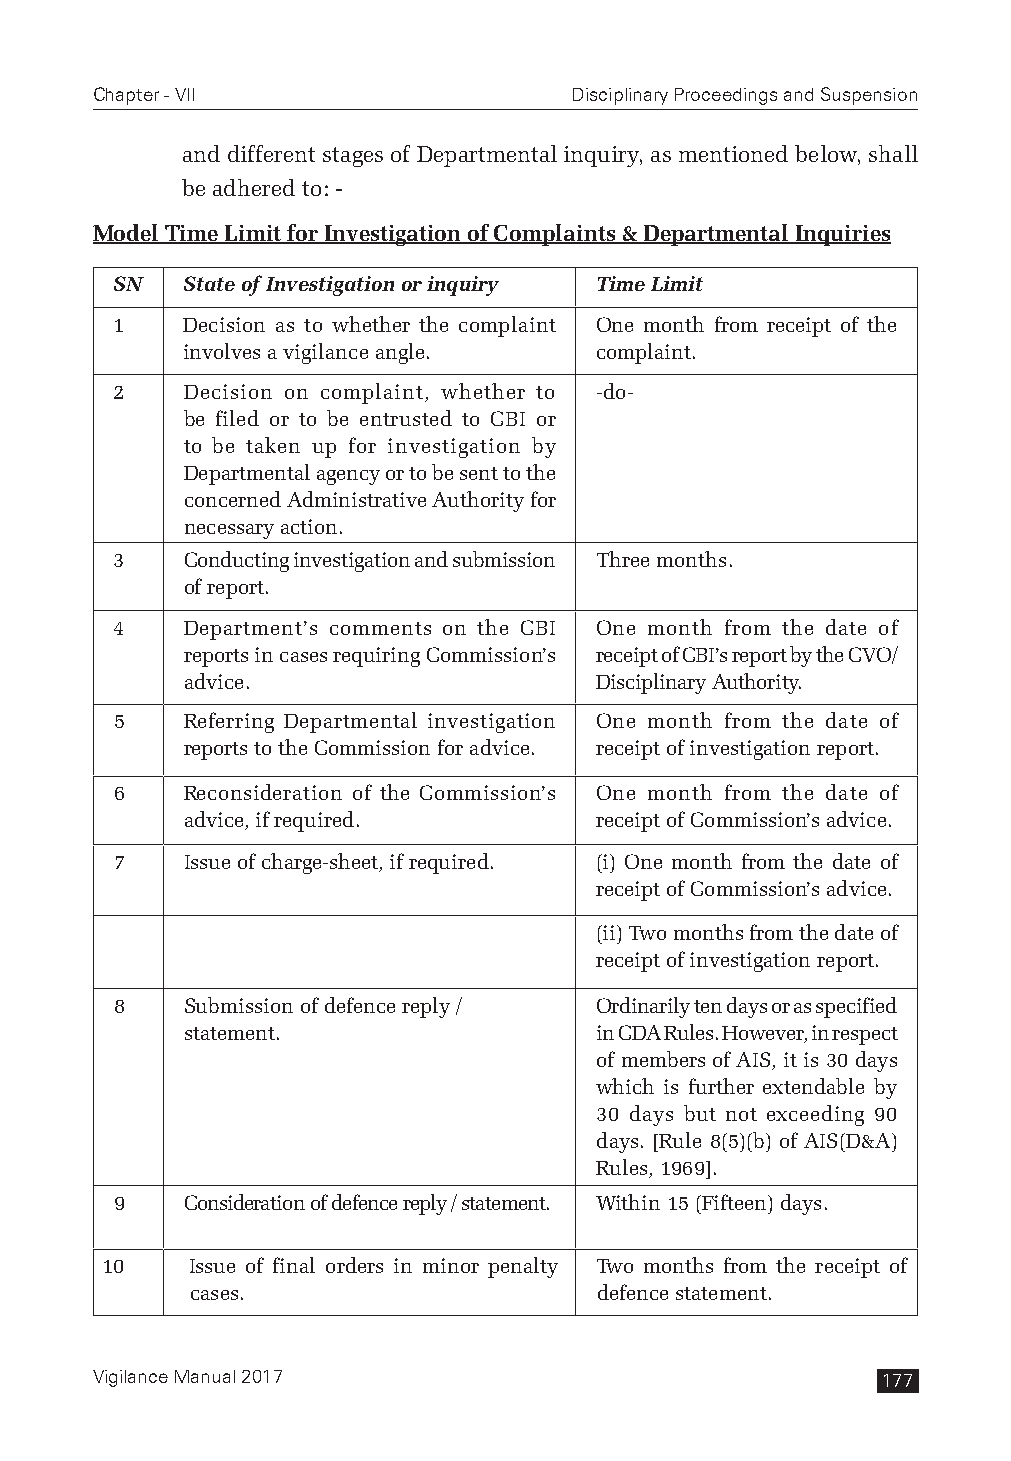
Chapter - VII                   Disciplinary Proceedings and Suspension
 and different stages of Departmental inquiry, as mentioned below, shall
 be adhered to: -
 Model Time Limit for Investigation of Complaints & Departmental Inquiries
 SN  State of Investigation or inquiry Time Limit
 1   Decision as to whether the complaint One month from receipt of the
 involves a vigilance angle. complaint.
 2   Decision on complaint, whether to -do-
 be filed or to be entrusted to CBI or
 to be taken up for investigation by
 Departmental agency or to be sent to the
 concerned Administrative Authority for
 necessary action.
 3   Conducting investigation and submission Three months.
 of report.
 4   Department’s comments on the CBI One month from the date of
 reports in cases requiring Commission’s receipt of CBI’s report by the CVO/
 advice.                    Disciplinary Authority.
 5   Referring Departmental investigation One month from the date of
 reports to the Commission for advice. receipt of investigation report.
 6   Reconsideration of the Commission’s One month from the date of
 advice, if required.       receipt of Commission’s advice.
 7   Issue of charge-sheet, if required. (i) One month from the date of
 receipt of Commission’s advice.
 (ii) Two months from the date of
 receipt of investigation report.
 8   Submission of defence reply / Ordinarily ten days or as specified
 statement.                 in CDA Rules. However, in respect
 of members of AIS, it is 30 days
 which is further extendable by
 30 days but not exceeding 90
 days. [Rule 8(5)(b) of AIS(D&A)
 Rules, 1969].
 9   Consideration of defence reply / statement. Within 15 (Fifteen) days.
 10   Issue of final orders in minor penalty Two months from the receipt of
 cases.                    defence statement.
 Vigilance Manual 2017                               177